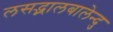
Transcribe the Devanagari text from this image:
लसद्भालबालेन्दु